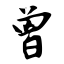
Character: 曾